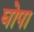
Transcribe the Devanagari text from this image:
घोपा